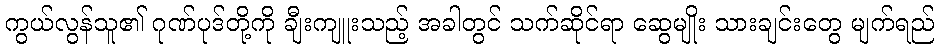
ကွယ်လွန်သူ၏ ဂုဏ်ပုဒ်တို့ကို ချီးကျူးသည့် အခါတွင် သက်ဆိုင်ရာ ဆွေမျိုး သားချင်းတွေ မျက်ရည်